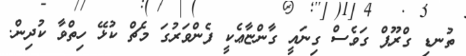
ތުނޑި ގްރޫޕް ގަވެސް ގިނައީ ގާންޏާޢެކީ ފެންވަރުގަ މެޗް ކުޅޭ ހިތްވާ ކުދިން.